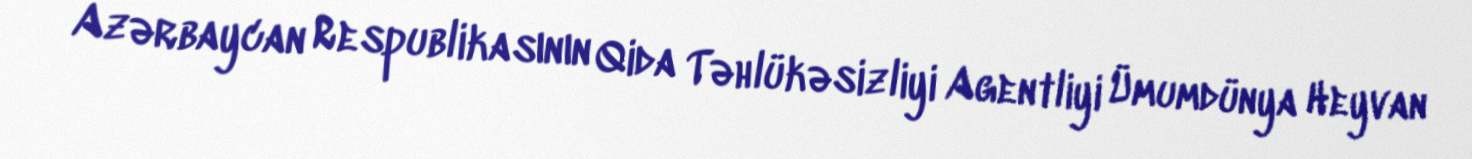
Azərbaycan Respublikasının Qida Təhlükəsizliyi Agentliyi Ümumdünya Heyvan